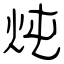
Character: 炖